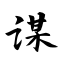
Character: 谋